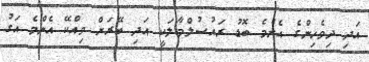
އަދި ދިވެހިންގެ އެންމެ ބޮޑު ރައުސުލްމާލަކީ އަދި ބޭރަށް ވިއްކޭ އެންމެ އަގު